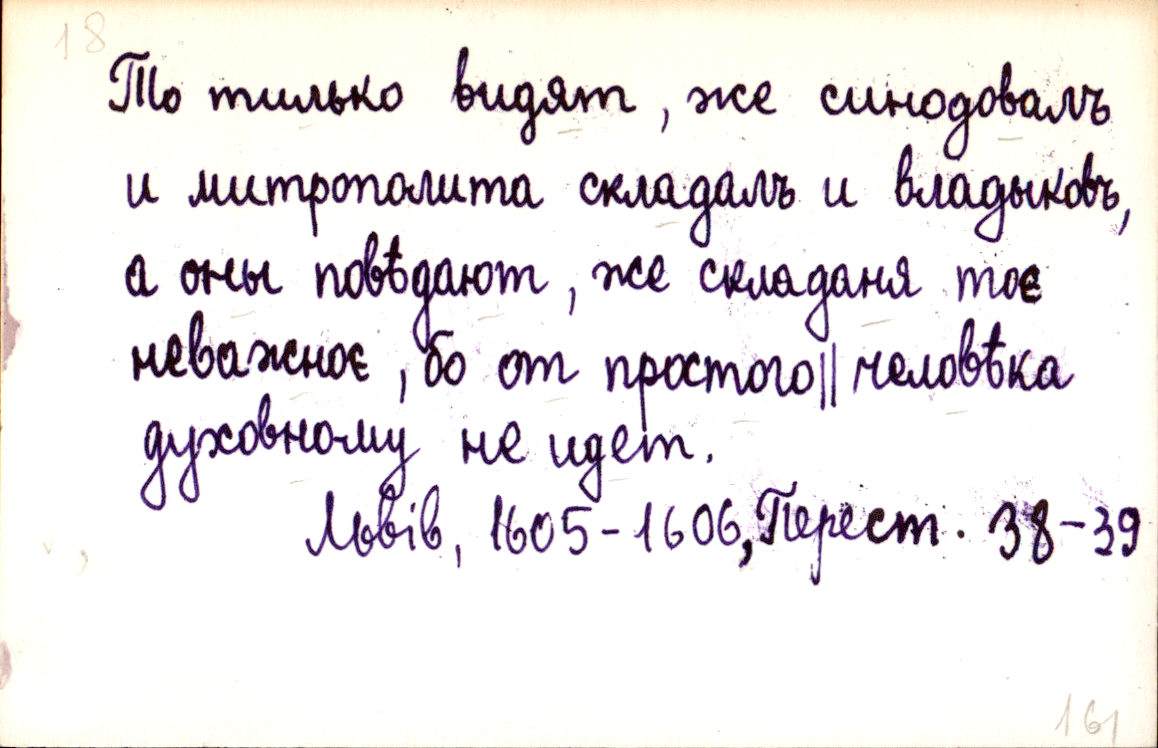
То тилько видят, же синодовалъ
и митрополита складалъ и владыковъ,
а оны повѣдают, же складаня тоє
неважноє, бо от простого ║ человѣка
духовному не идет.
Львів, 1605-1606, Перест. 38-39